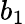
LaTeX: b_{1}